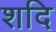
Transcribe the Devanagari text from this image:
शदि